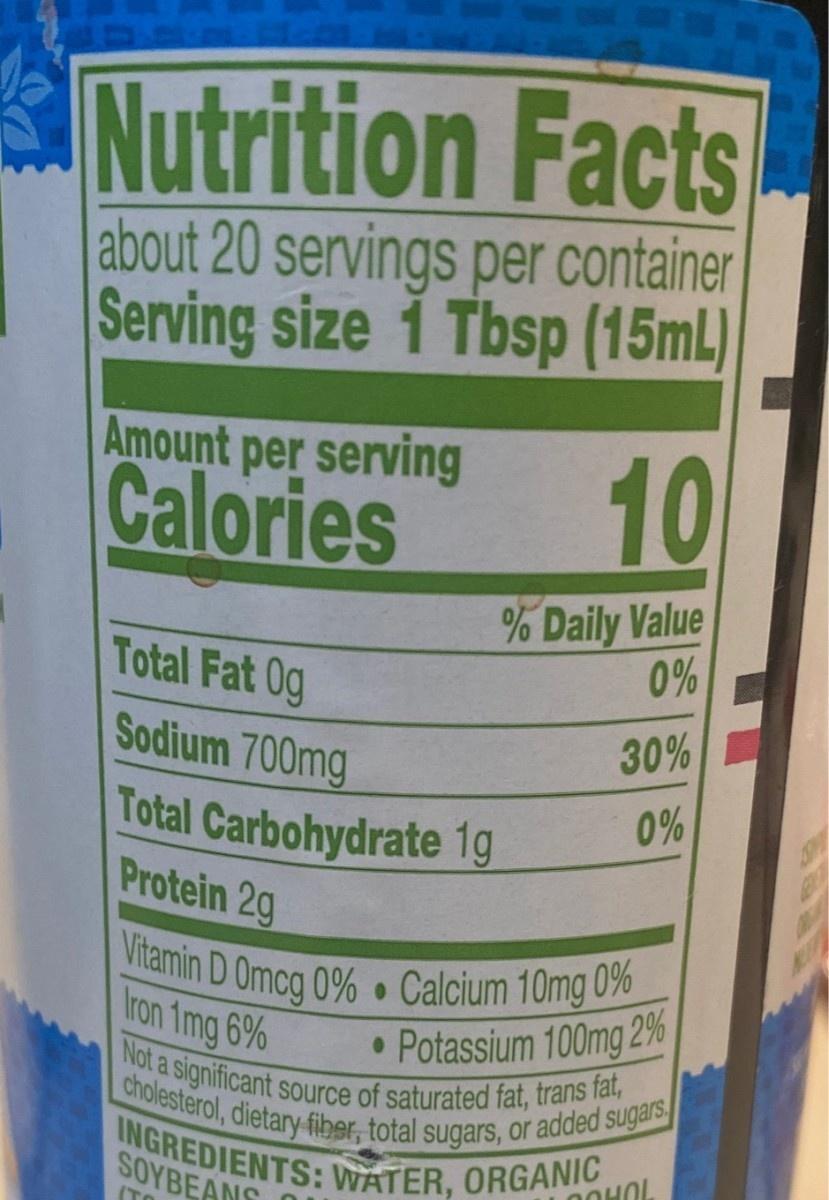
Nutrition Facts about 20 servings per container Serving size 1 Tbsp (15ml) Amount per serving Calories 10 % Daily Value 0% Total Fat 0g Sodium 700mg Total Carbohydrate 1g Protein 2g 30% 0% Vitamin D Omcg 0% Calcium 10mg 0% Iron 1mg 6% Not a significant source of saturated fat, trans fat, cholesterol, dietary fiber, total sugars, or added sugars INGREDIENTS: WATER, ORGANIC • Potassium 100mg 2% SOYBEANS ПОНОL (TO जे से